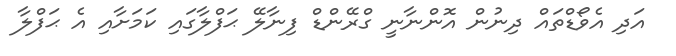
އަދި އެވޯޑްތައް ދިނުން އޮންނާނީ ގްރޭންޑް ފިނާލޭ ޙަފްލާގައި ކަމަށާއި އެ ޙަފްލާ